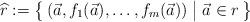
LaTeX: \begin{align*}\widehat r := \bigl\{\, (\vec a, f_1(\vec a), \dotsc, f_m(\vec a))\bigm| \vec a \in r \,\bigr\}\end{align*}